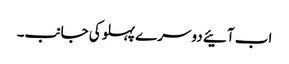
اب آئیے دوسرے پہلوکی جانب۔